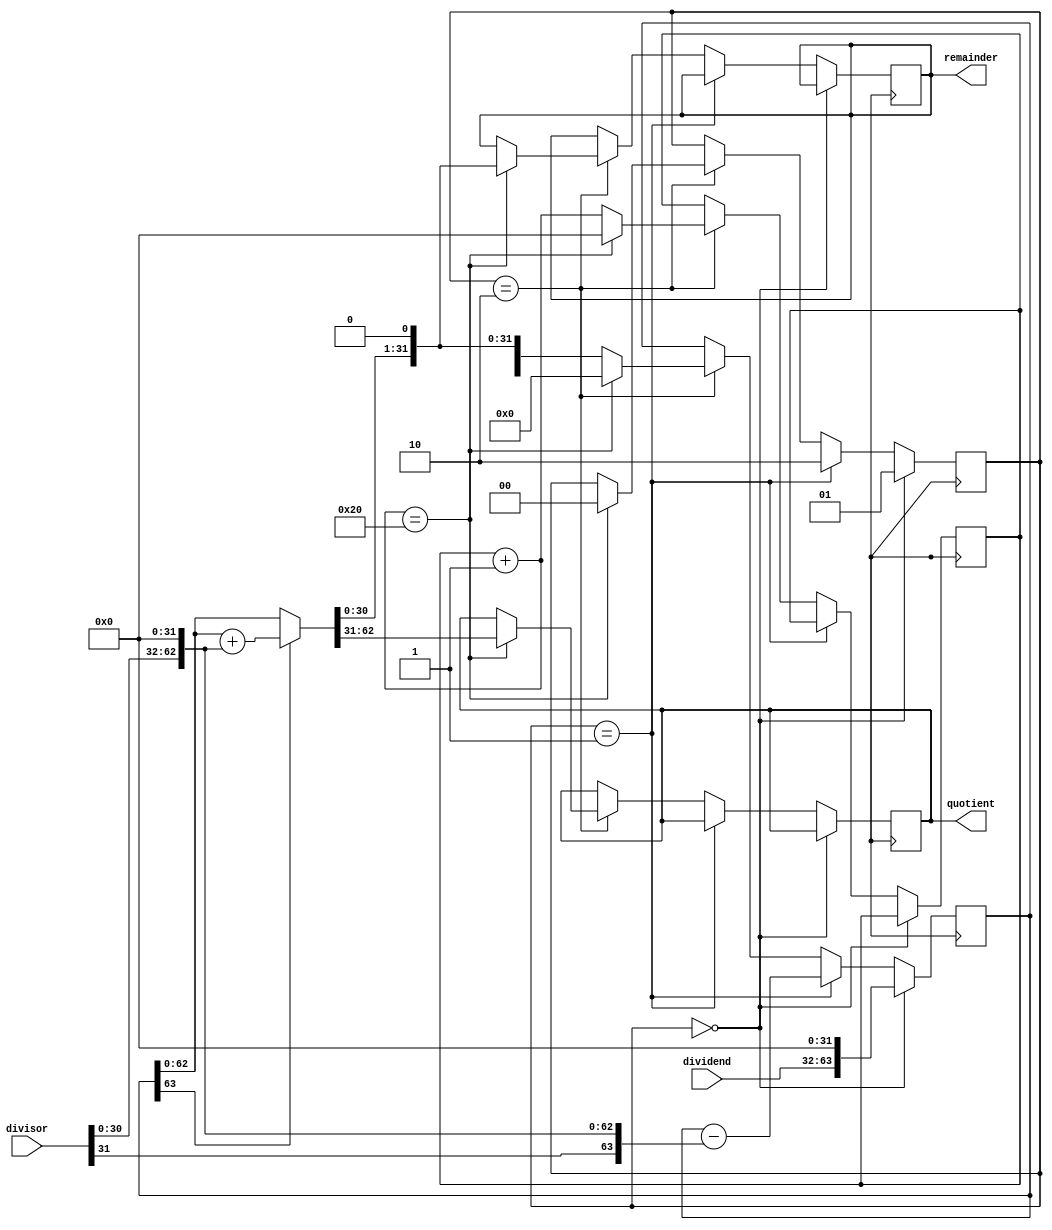
module NonRestoringDivider (
    input wire [31:0] dividend,
    input wire [31:0] divisor,
    output reg [31:0] quotient,
    output reg [31:0] remainder
);

reg [63:0] intermediate_value;
reg [31:0] shift;
reg [1:0] control;

always @(posedge clk) begin
    if (control == 2'b00) begin
        intermediate_value = {dividend, 32'd0};
        control = 2'b01;
    end
    else if (control == 2'b01) begin
        intermediate_value = intermediate_value - {divisor, 32'd0};
        control = 2'b10;
    end
    else if (control == 2'b10) begin
        if (intermediate_value[63] == 1'b1) begin
            intermediate_value = intermediate_value + {divisor, 32'd0};
        end
        intermediate_value = intermediate_value << 1;
        shift = shift + 1;
        
        if (shift == 32'd32) begin
            control = 2'b00;
            quotient = intermediate_value[63:32];
            remainder = intermediate_value[31:0];
            shift = 32'd0;
            intermediate_value = 64'd0;
        end
    end
end

endmodule